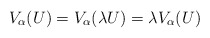
\begin{align*}V_\alpha(U) = V_\alpha(\lambda U) = \lambda V_\alpha(U)\end{align*}